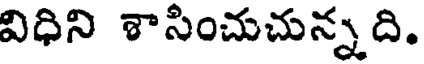
విధిని శాసించుచున్నది.